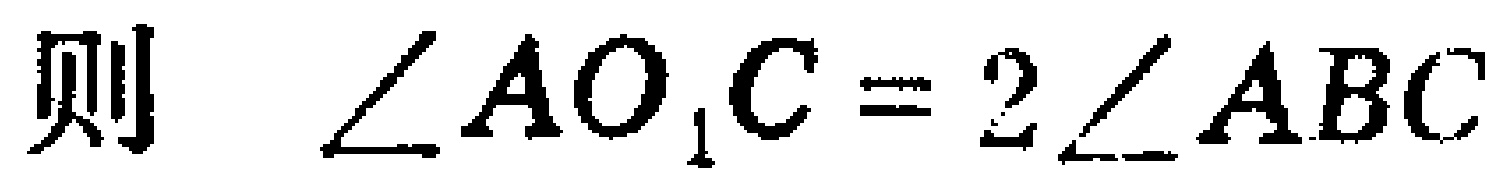
则 $\angle AO_{1}C = 2\angle ABC$